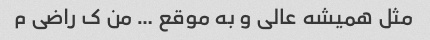
مثل همیشه عالی و به موقع … من ک راضی م